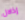
إذلال